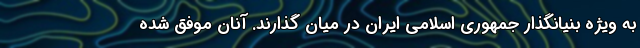
به ویژه بنیانگذار جمهوری اسلامی ایران در میان گذارند. آنان موفق شده